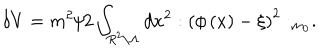
LaTeX: \delta V = m ^ { 2 } / 2 \int _ { R ^ { 2 } \backslash \Lambda } d x ^ { 2 } : \left( \phi \left( x \right) - \xi \right) ^ { 2 } : _ { m _ { 0 } } .